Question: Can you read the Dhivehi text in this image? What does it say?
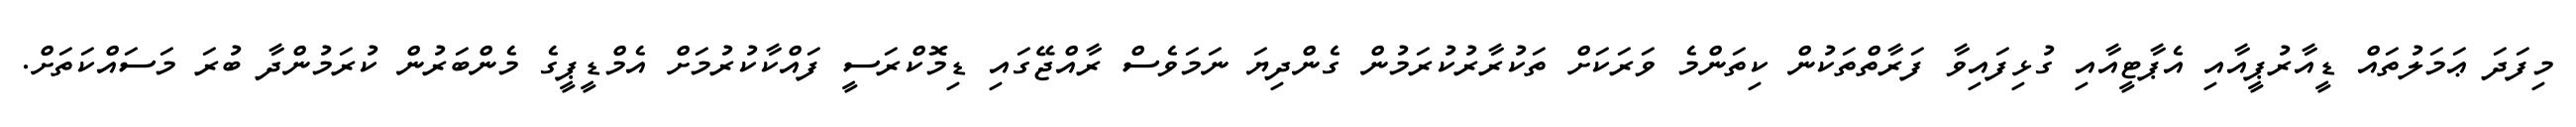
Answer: މިފަދަ ޢަމަލުތައް ޑީއާރުޕީއާއި އެޕާޓީއާއި ގުޅިފައިވާ ފަރާތްތަކުން ކިތަންމެ ވަރަކަށް ތަކުރާރުކުރަމުން ގެންދިޔަ ނަމަވެސް ރާއްޖޭގައި ޑިމޮކްރަސީ ފައްކާކުރުމަށް އެމްޑީޕީގެ މެންބަރުން ކުރަމުންދާ ބުރަ މަސައްކަތަށް.